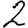
Digit: 2